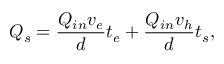
Q _ { s } = \frac { Q _ { i n } v _ { e } } { d } t _ { e } + \frac { Q _ { i n } v _ { h } } { d } t _ { s } ,